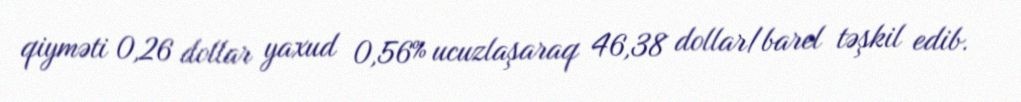
qiyməti 0,26 dollar yaxud 0,56% ucuzlaşaraq 46,38 dollar/barel təşkil edib.